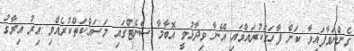
ގެންނަވާފައިވާ ކަން ފާހަގަކުރައްވައި އޭނާ ވިދާޅުވީ އޮބާމާ ސެނެޓްގައި މަސައްކަތްކުރެއްވި އިރު އިރާގު